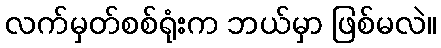
လက်မှတ်စစ်ရုံးက ဘယ်မှာ ဖြစ်မလဲ။